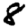
Digit: 8